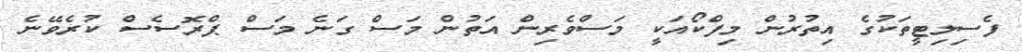
ފެސިލިޓީތަކުގެ އިތުރުން މިފްކޯއަކީ މަސްވެރިން އަތުން މަސް ގަނެ މަސް ޕްރޮސެސް ކުރެވޭނެ